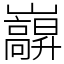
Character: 巐